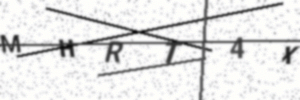
Text: MHRT4X